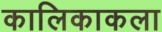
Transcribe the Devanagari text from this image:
कालिकाकला